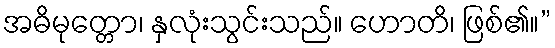
အဓိမုတ္တော၊ နှလုံးသွင်းသည်။ ဟောတိ၊ ဖြစ်၏။”